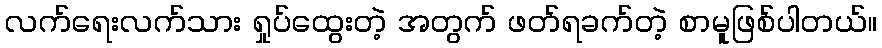
လက်ရေးလက်သား ရှုပ်ထွေးတဲ့ အတွက် ဖတ်ရခက်တဲ့ စာမူဖြစ်ပါတယ်။